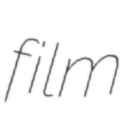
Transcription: film